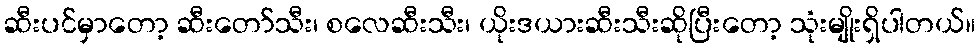
ဆီးပင်မှာတော့ ဆီးတော်သီး၊ စလေဆီးသီး၊ ယိုးဒယားဆီးသီးဆိုပြီးတော့ သုံးမျိုးရှိပါတယ်။